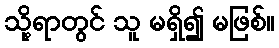
သို့ရာတွင် သူ မရှိ၍ မဖြစ်။